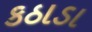
કઠાડા